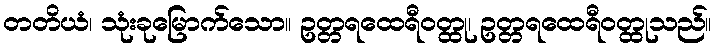
တတိယံ၊ သုံးခုမြောက်သော။ ဥတ္တရထေရီဝတ္ထု၊ ဥတ္တရထေရီဝတ္ထုသည်။